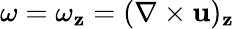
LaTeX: \omega=\omega_{\mathbf{z}}=(\nabla\times\mathbf{{u}})_{\mathbf{z}}